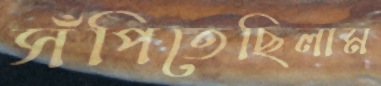
সঁপিতেছিলাম